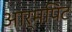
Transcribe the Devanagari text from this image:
आर्मपिट